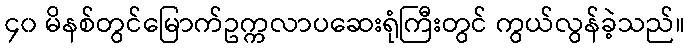
၄၀ မိနစ်တွင်မြောက်ဥက္ကလာပဆေးရုံကြီးတွင် ကွယ်လွန်ခဲ့သည်။